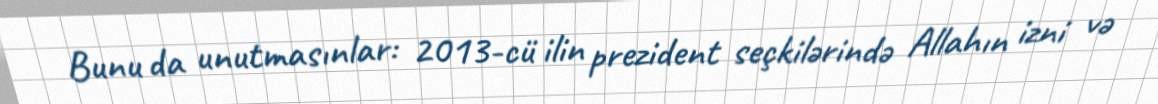
Bunu da unutmasınlar: 2013-cü ilin prezident seçkilərində Allahın izni və